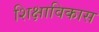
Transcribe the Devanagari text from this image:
शिक्षाविकास